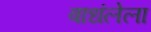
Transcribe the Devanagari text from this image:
बाधंलेला